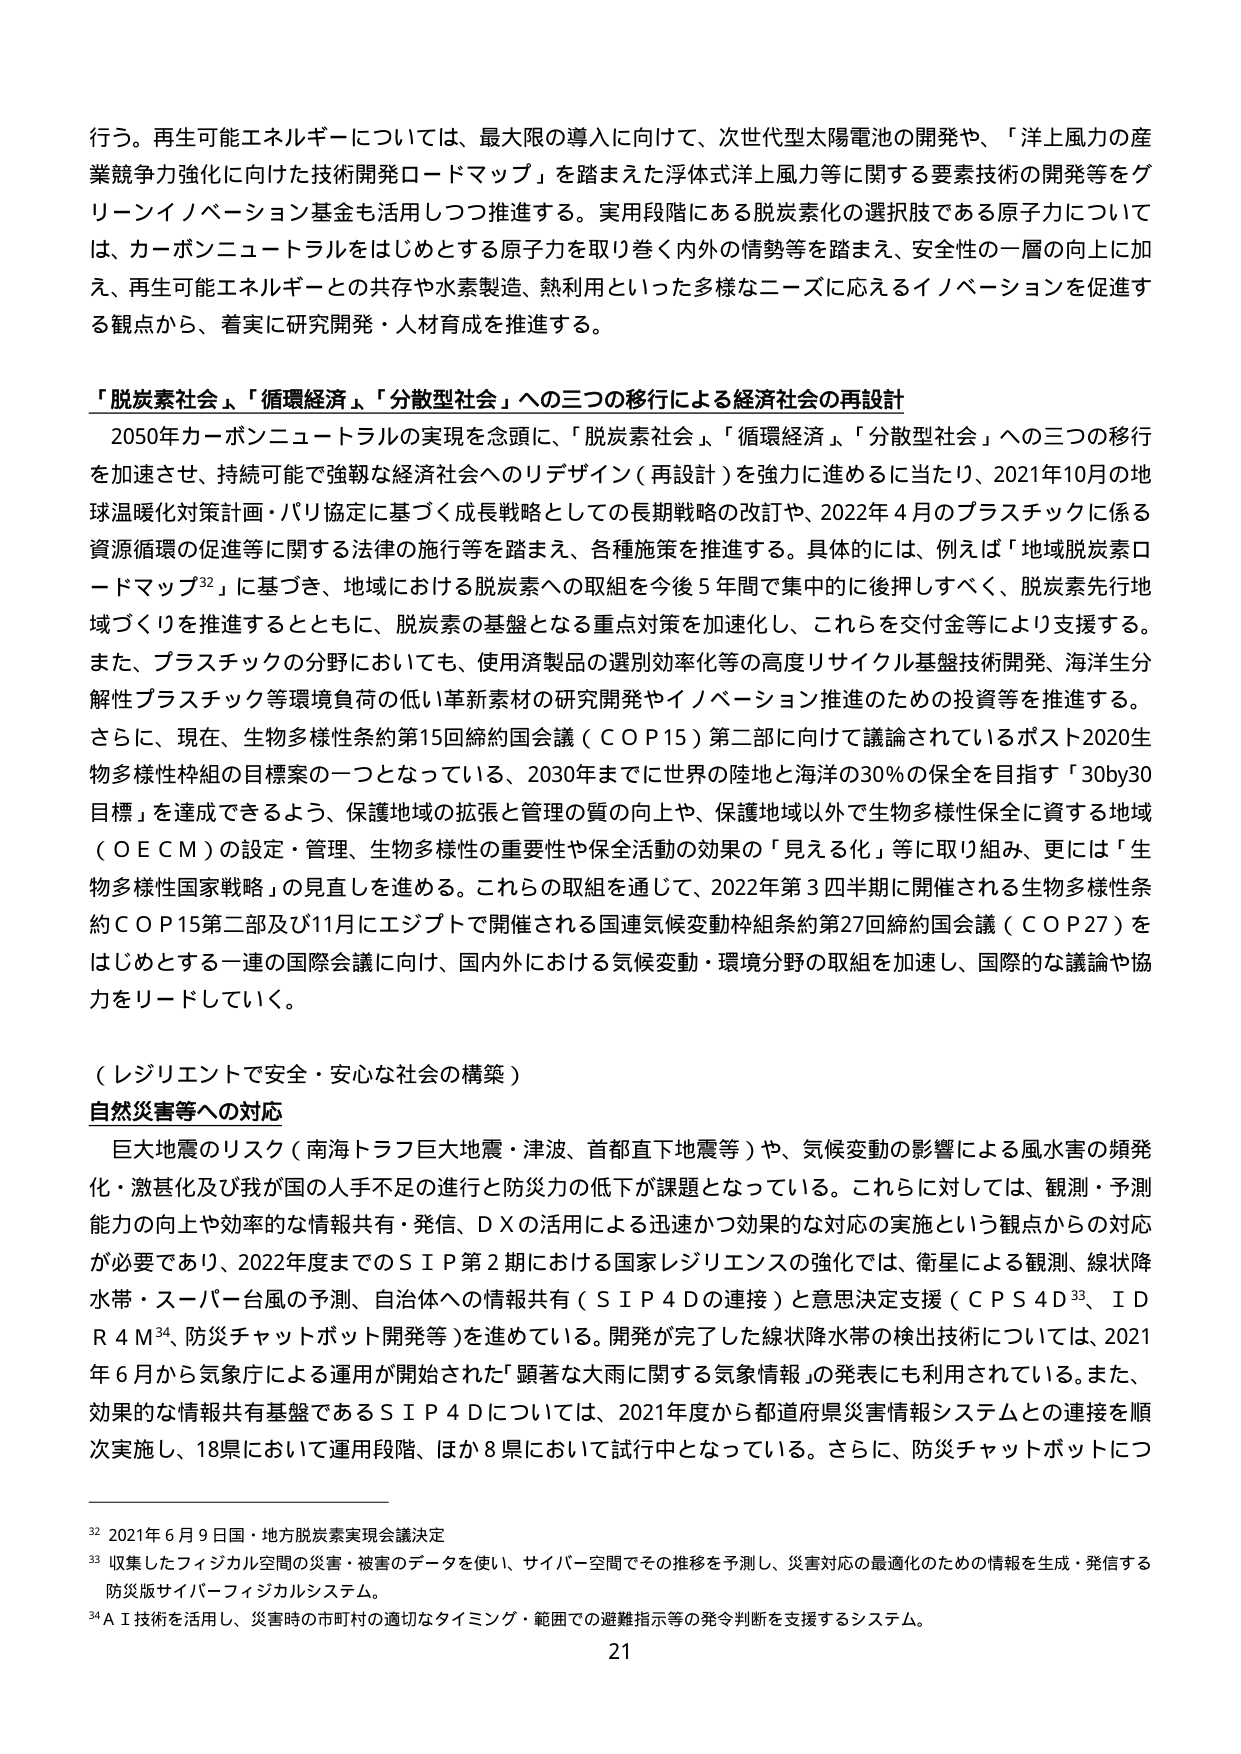
行う。再生可能エネルギーについては、最大限の導入に向けて、次世代型太陽電池の開発や、「洋上風力の産業競争力強化に向けた技術開発ロードマップ」を踏まえた浮体式洋上風力等に関する要素技術の開発等をグリーンイノベーション基金も活用しつつ推進する。実用段階にある脱炭素化の選択肢である原子力については、カーボンニュートラルをはじめとする原子力を取り巻く内外の情勢等を踏まえ、安全性の一層の向上に加え、再生可能エネルギーとの共存や水素製造、熱利用といった多様なニーズに応えるイノベーションを促進する観点から、着実に研究開発・人材育成を推進する。

「脱炭素社会」、「循環経済」、「分散型社会」への三つの移行による経済社会の再設計
2050年カーボンニュートラルの実現を念頭に、「脱炭素社会」、「循環経済」、「分散型社会」への三つの移行を加速させ、持続可能で強靭な経済社会へのリデザイン（再設計）を強力に進めるに当たり、2021年10月の地球温暖化対策計画・パリ協定に基づく成長戦略としての長期戦略の改訂や、2022年4月のプラスチックに係る資源循環の促進等に関する法律の施行等を踏まえ、各種施策を推進する。具体的には、例えば「地域脱炭素ロードマップ」32に基づき、地域における脱炭素への取組を今後5年間で集中的に後押しすべく、脱炭素先行地域づくりを推進するとともに、脱炭素の基盤となる重点対策を加速化し、これらを交付金等により支援する。また、プラスチックの分野においても、使用済製品の選別効率化等の高度リサイクル基盤技術開発、海洋分解性プラスチック等環境負荷の低い革新素材の研究開発やイノベーション推進のための投資等を推進する。さらに、現在、生物多様性条約第15回締約国会議（ＣＯＰ15）第二部に向けて議論されているポスト2020生物多様性枠組の目標案の一つとなっている、2030年までに世界の陸地と海洋の30％の保全を目指す「30by30目標」を達成できるよう、保護地域の拡張と管理の質の向上や、保護地域以外で生物多様性保全に資する地域（ＯＥＣＭ）の設定・管理、生物多様性の重要性や保全活動の効果の「見える化」等に取り組み、更には「生物多様性国家戦略」の見直しを進める。これらの取組を通じて、2022年第3四半期に開催される生物多様性条約ＣＯＰ15第二部及び11月にエジプトで開催される国連気候変動枠組条約第27回締約国会議（ＣＯＰ27）をはじめとする一連の国際会議に向け、国内外における気候変動・環境分野の取組を加速し、国際的な議論や協力をリードしていく。

（レジリエントで安全・安心な社会の構築）
自然災害等への対応
巨大地震のリスク（南海トラフ巨大地震・津波、首都直下地震等）や、気候変動の影響による風水害の頻発化・激甚化及び我が国の人手不足の進行と防災力の低下が課題となっている。これらに対しては、観測・予測能力の向上や効率的な情報共有・発信、ＤＸの活用による迅速かつ効果的な対応の実施という観点からの対応が必要であり、2022年度までのＳＩＰ第2期における国家レジリエンスの強化では、衛星による観測、線状降水帯・スーパー台風の予測、自治体への情報共有（ＳＩＰ4Ｄの連接）と意思決定支援（ＣＰＳ4Ｄ33、ＩＤＲ4Ｍ34、防災チャットボット開発等）を進めている。開発が完了した線状降水帯の検出技術については、2021年6月から気象庁による運用が開始された「顕著な大雨に関する気象情報」の発表にも利用されている。また、効果的な情報共有基盤であるＳＩＰ4Ｄについては、2021年度から都道府県災害情報システムとの連接を順次実施し、18県において運用段階、ほか8県において試行中となっている。さらに、防災チャットボットにつ

32 2021年6月9日国・地方脱炭素実現会議決定
33 収集したフィジカル空間の災害・被害のデータを使い、サイバー空間でその推移を予測し、災害対応の最適化のための情報を生成・発信する防災版サイバーフィジカルシステム。
34 ＡＩ技術を活用し、災害時の市町村の適切なタイミング・範囲での避難指示等の発令判断を支援するシステム。
21